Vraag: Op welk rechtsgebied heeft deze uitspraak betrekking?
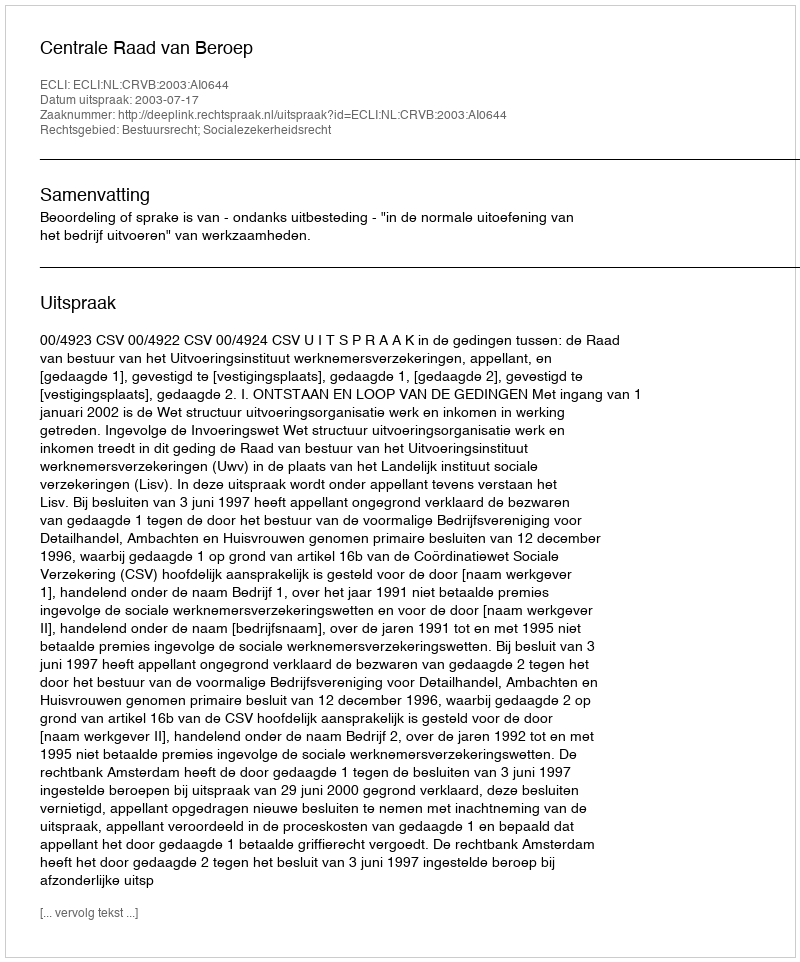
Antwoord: Bestuursrecht; Socialezekerheidsrecht